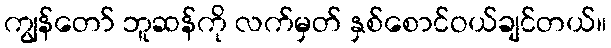
ကျွန်တော် ဘူဆန်ကို လက်မှတ် နှစ်စောင်ဝယ်ချင်တယ်။